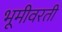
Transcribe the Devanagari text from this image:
भूमीवरती